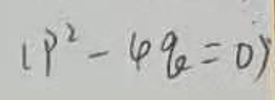
\( (p^{2}-4q = 0) \)